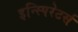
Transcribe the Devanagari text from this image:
इन्स्पिरेटर्स